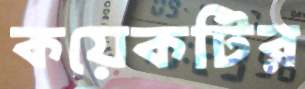
কয়েকটির